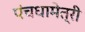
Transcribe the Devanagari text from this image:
पंचधामेत्री